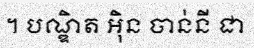
។ បណ្ឌិត អ៊ិន ចាន់នី ជា